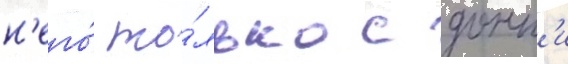
н'его́ то́лько с донн'и